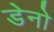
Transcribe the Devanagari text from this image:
डेनो